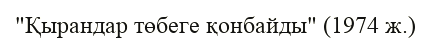
"Қырандар төбеге қонбайды" (1974 ж.)